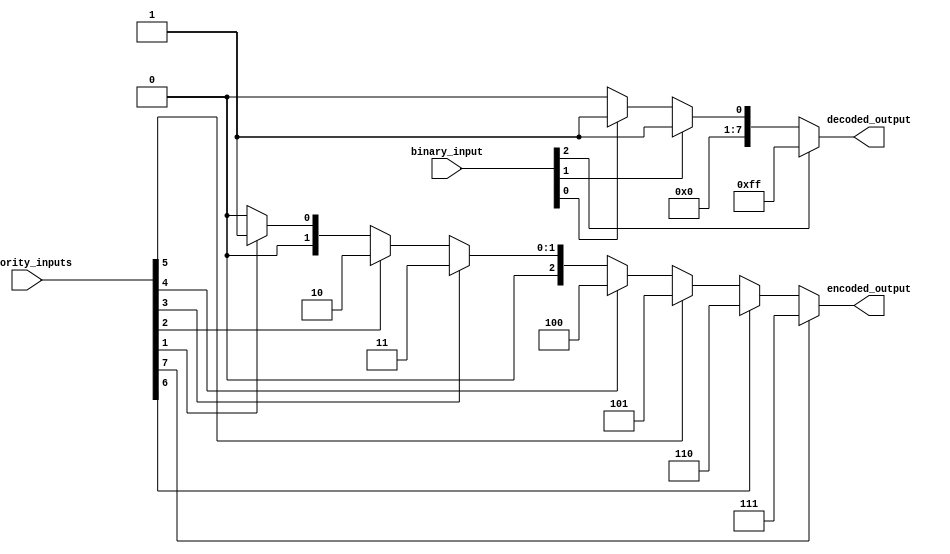
module PriorityEncoderDecoder (
    input [7:0] priority_inputs,
    output [2:0] encoded_output,
    input [2:0] binary_input,
    output [7:0] decoded_output
);

assign encoded_output = priority_inputs[7] ? 3'b111 : 
                        priority_inputs[6] ? 3'b110 :
                        priority_inputs[5] ? 3'b101 :
                        priority_inputs[4] ? 3'b100 :
                        priority_inputs[3] ? 3'b011 :
                        priority_inputs[2] ? 3'b010 :
                        priority_inputs[1] ? 3'b001 :
                        3'b000;

assign decoded_output = binary_input[2] ? 8'b11111111 :
                        binary_input[1] ? {7'b0, 1'b1} :
                        binary_input[0] ? {6'b0, 2'b1} :
                        8'b00000000;

endmodule